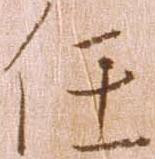
任